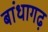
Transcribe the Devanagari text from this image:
बांधागढ़